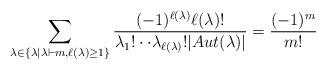
LaTeX: \begin{align*}\sum_{\lambda\in\{\lambda|\lambda\vdash m, \ell(\lambda)\geq 1\}}\frac{(-1)^{\ell(\lambda)}\ell(\lambda)!}{\lambda_{1}!\cdot\cdot\lambda_{\ell(\lambda)}!|Aut(\lambda)|}=\frac{(-1)^m}{m!}\end{align*}